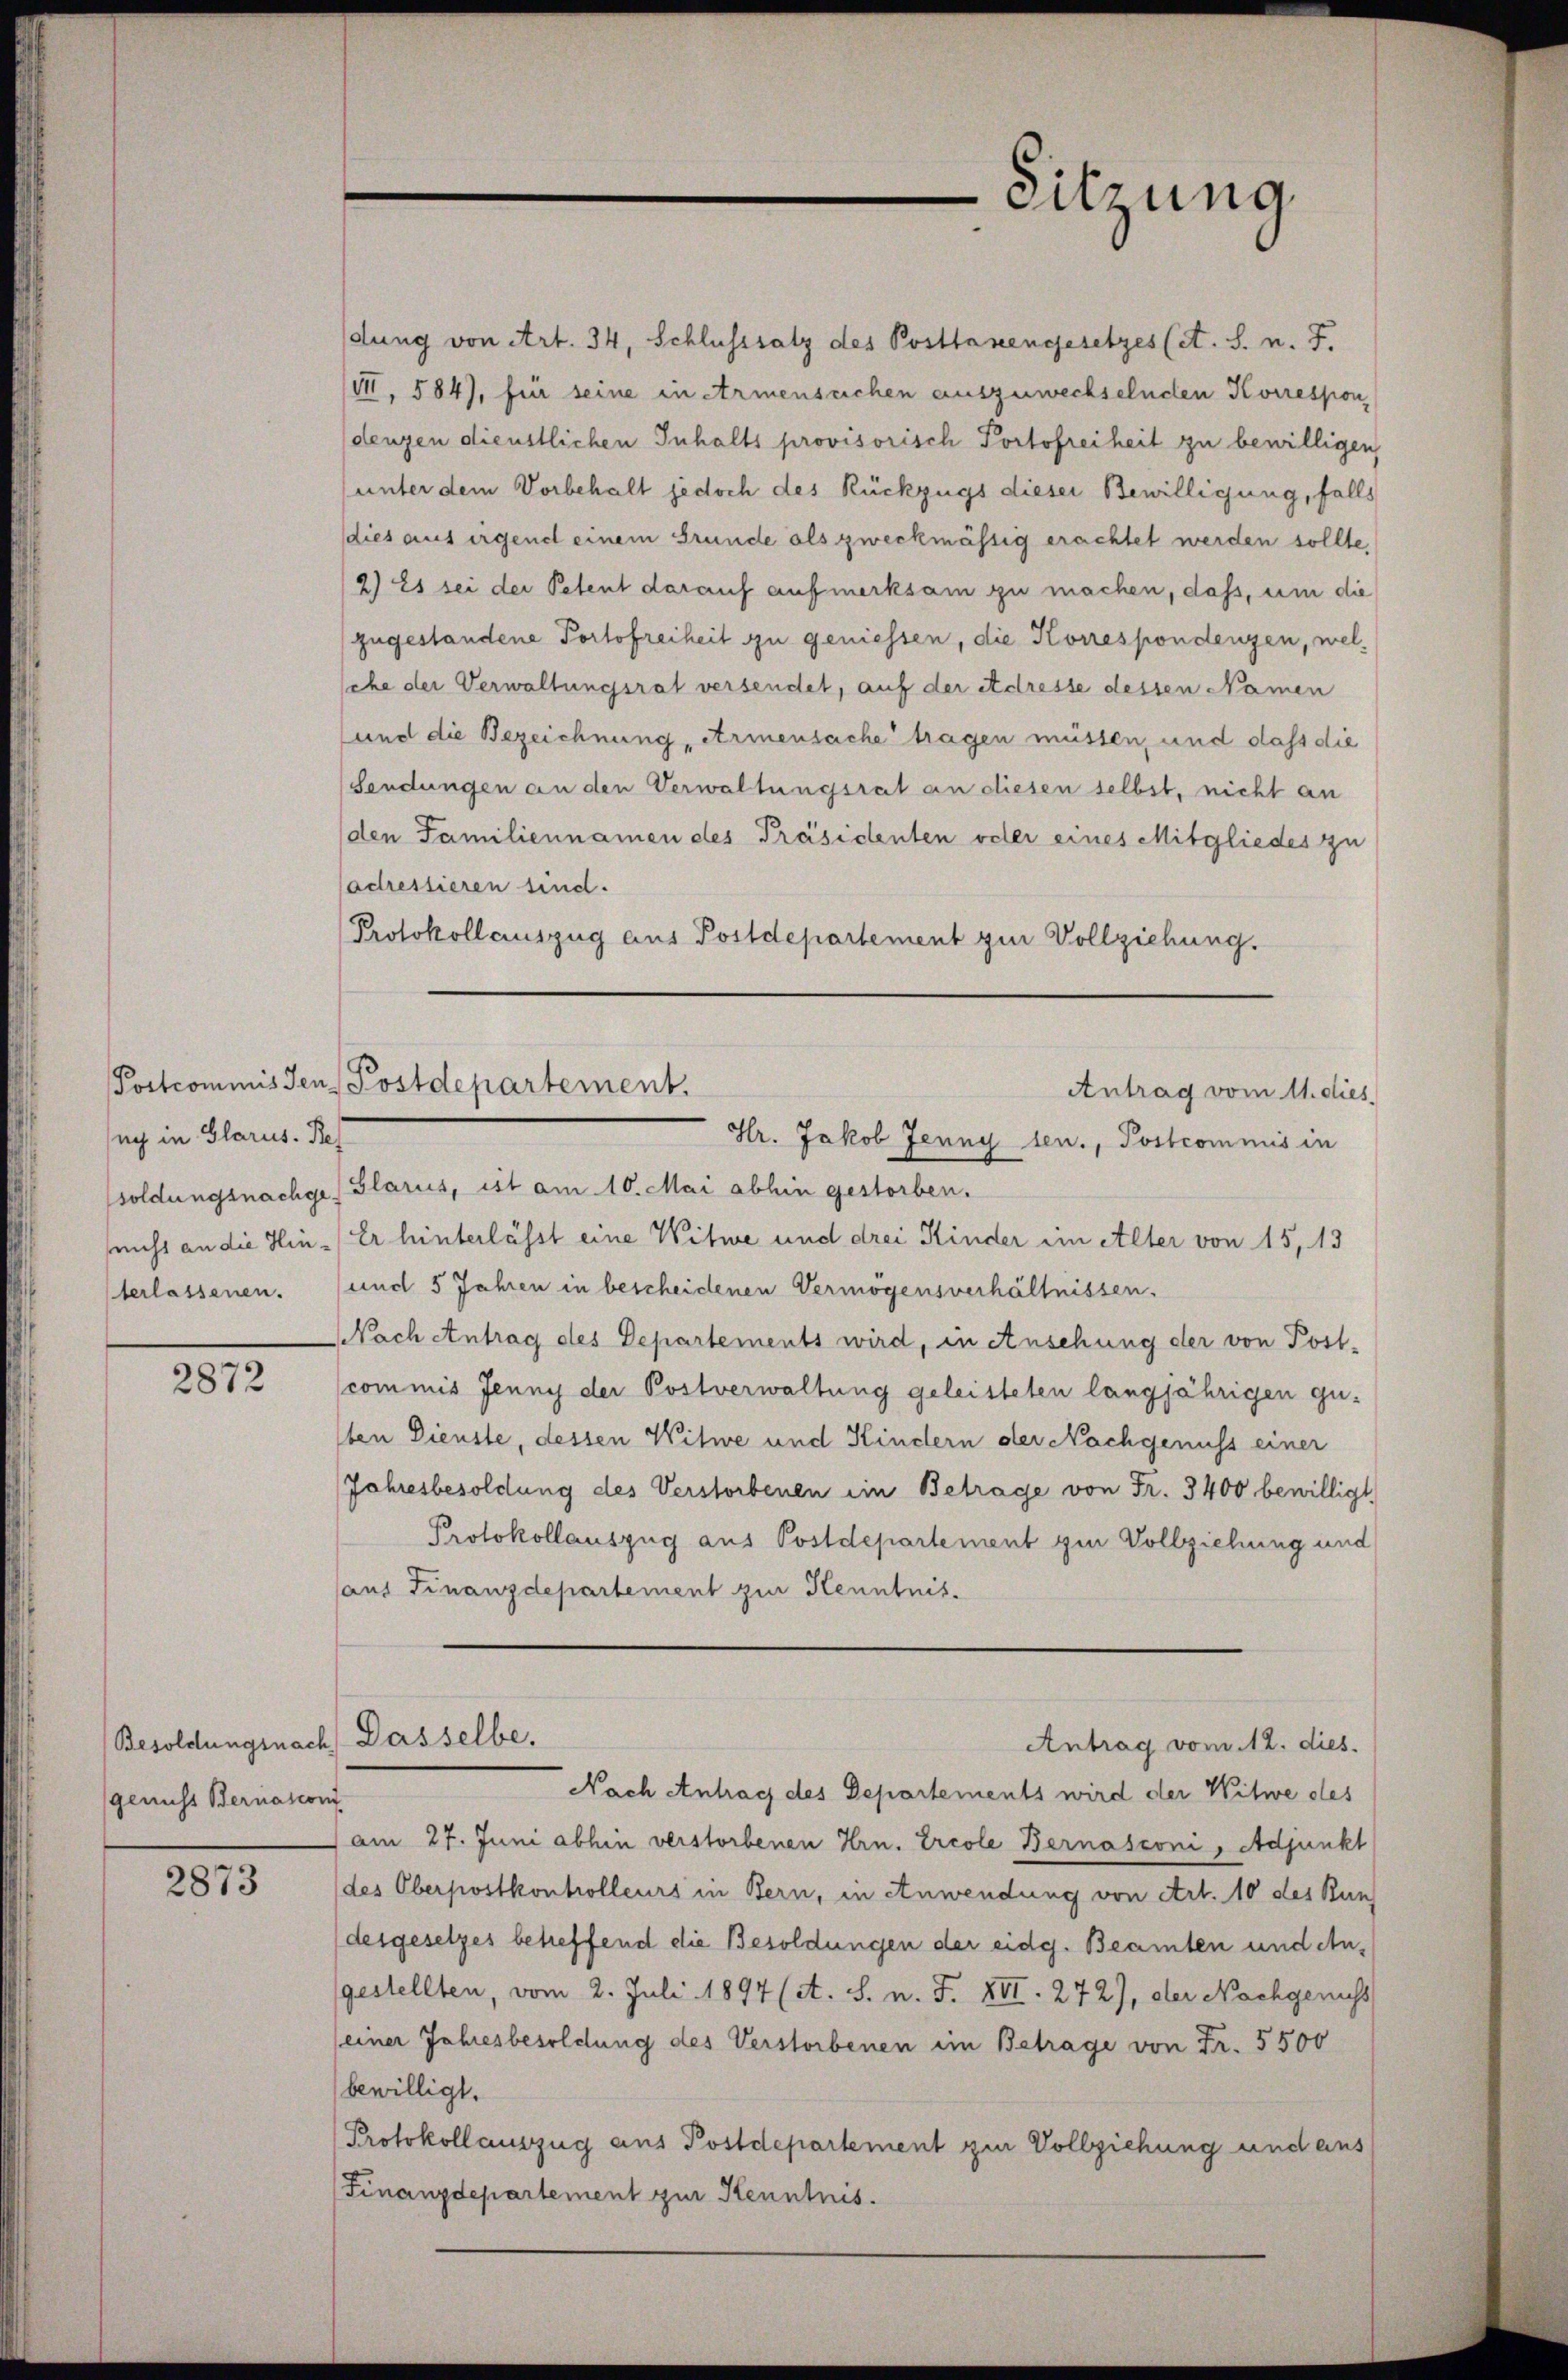
uch in Glarus. Bes

2872

genicht Bernasconi

2873

dung von Art. 34, Schlusssatz des Posthanengesetzes (et. S. n. F.
/14. 584), für seine in Armensuchen auszuwechselnden Korrespon
dengen dienstlichen Inhalts provisorisch Portofreiheit zu bewilligen,
unter dem Vorbehalt jedoch des Rückzugs dieser Bewilligung, falls
dies aus irgend einem Grunde als zweckmässig erachtet werden sollte,
2) Es sei der Petent darauf aufmerksam zu machen, dass, um die
zugestandene Portofreiheit zu geniessen, die Korrespondenzen, welsche der Verwaltungsrat versendet, auf der Adresse dessen Namen
und die Bezeichnung, Armensache tragen müssen, und dass die
Sendungen an den Verwaltungsrat an diesen selbst, nicht an
(den Familiennamen des Präsidenten oder eines Mitgliedes zu
adressieren sind.
Protokollauszug aus Postdepartement zur Vollziehung.

Sitzung

soldungsnachge Glarus, ist am 10. Mai abhin gestorben.
nicht an die Hin - Er hinterlässt eine Witwe und drei Kinder im Alter von 15, 13
terlassenen. (und 5 Jahren in bescheidenen Vermögensverhältnissen.
Nach Antrag des Departements wird, in Ansehung der von Post-
commis Jenny der Postverwaltung geleisteten langjährigen gu-
1ten Dienste, dessen Witwe und Kindern der Nachgenuss einer
Jahresbesoldung des Verstorbenen im Betrage von Fr. 3400 bewilligt
Protokollauszug aus Postdepartement zur Vollziehung und
aus Finanzdepartement zur Kenntnis.
Besoldungsnach Dasselbe.
Antrag vom 12. dies.
Nach Antrag des Departements wird der Witwe des
am 27. Juni abhin verstorbenen Hrn. Ercole Bernasconi, Adjunkt
des Oberpostkontrolleurs in Bern, in Anwendung von Art. 10 des Bun
desgesetzes betreffend die Besoldungen der eidg. Beamten und eingestellten, vom 2. Juli 1897 (A. S. n. F. XII. 272), der Nachgenuss
(einer Jahresbesoldung des Verstorbenen im Betrage von Fr. 5500
bewilligt.
Protokollauszug aus Postdepartement zur Vollziehung und ans
Finanzdepartement zur Kenntnis.

Postcommissen Postdepartement.
Antrag vom 11. dies
Hr. Jakob Jenny sen., Postcommis in